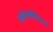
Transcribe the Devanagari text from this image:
कॉन्सोर्सिअम